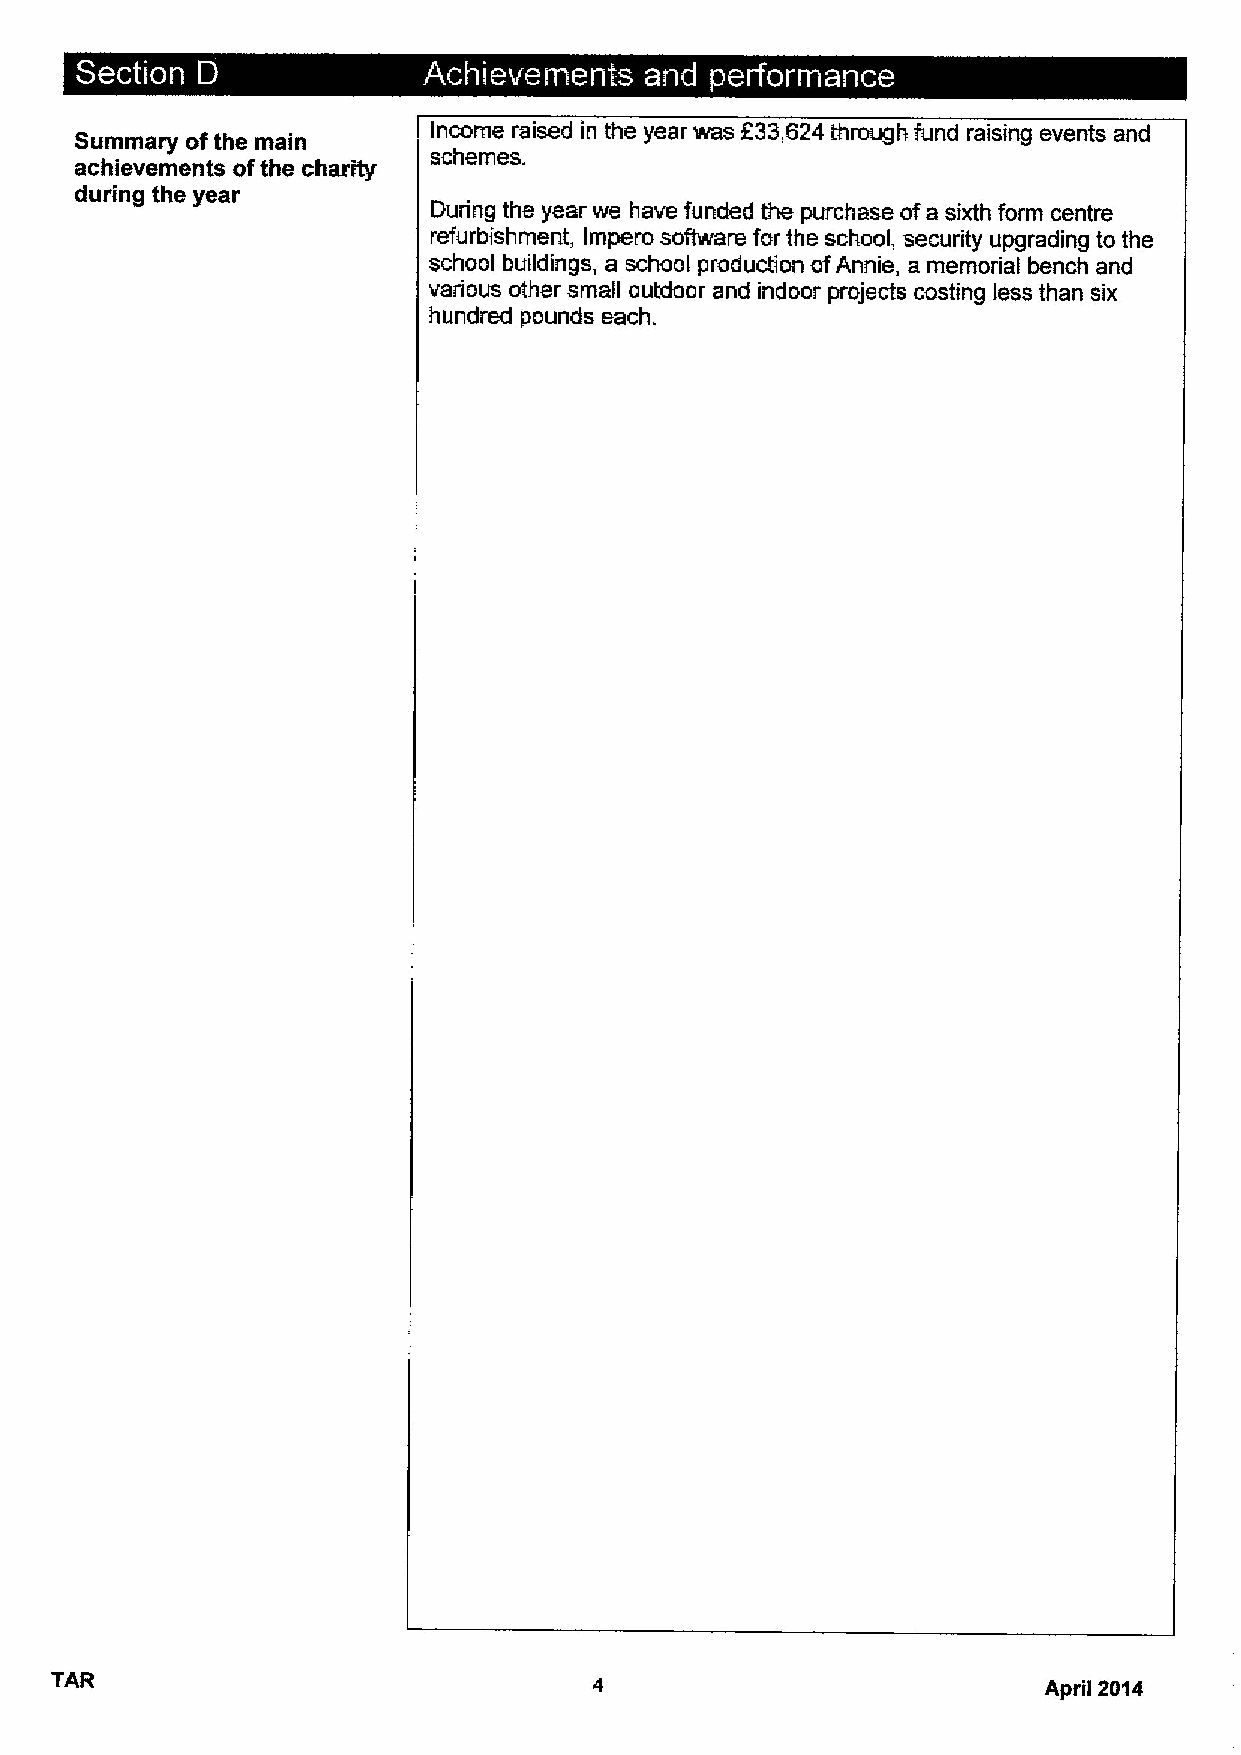
~   ~
 Summary ofthe main      Income raised in the year was f33,S24 through fund raising events and
 schemes.
 achievements ofthe charrty
 during the year
 During the year we have funded the purchase ofa sixth form centre
 refurbishment, 1mpero software for the school, security upgrading to the
 school buildings, a school production ofAnnie, a memorial bench and
 various other small outdoor and indoor projects costing less than six
 hundred pounds each.
 TAB
 April 2G14